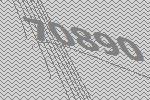
70890